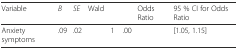
<table><thead><tr><td><b>Variable</b></td><td><b><i>B</i></b></td><td><b><i>SE</i></b></td><td><b>Wald</b></td><td>[EMPTY_CELL]</td><td>[EMPTY_CELL]</td><td><b>Odds Ratio</b></td><td><b>95 % CI for Odds Ratio</b></td></tr></thead><tbody><tr><td>Anxiety symptoms</td><td>.09</td><td>.02</td><td>[EMPTY_CELL]</td><td>1</td><td>.00</td><td>[EMPTY_CELL]</td><td>[1.05, 1.15]</td></tr></tbody></table>